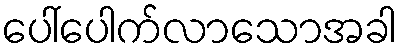
ပေါ်ပေါက်လာသောအခါ